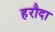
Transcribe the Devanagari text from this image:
हरौदा